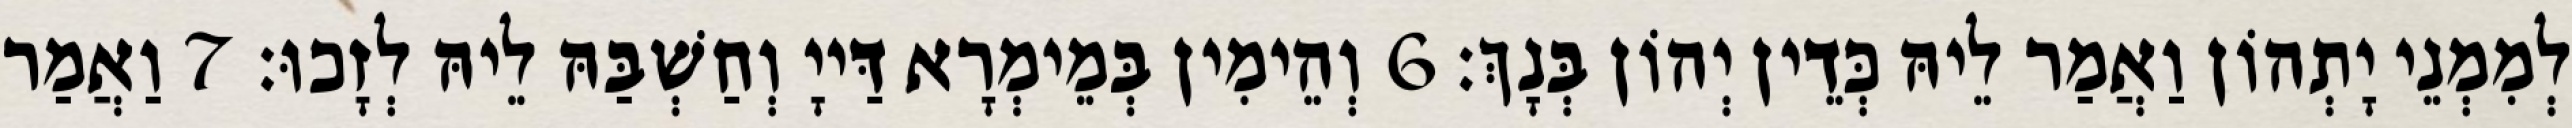
לְמִמְנֵי יָתְהוֹן וַאֲמַר לֵיהּ כְּדֵין יְהוֹן בְּנָךְ׃ 6 וְהֵימִין בְּמֵימְרָא דַּייָ וְחַשְׁבַּהּ לֵיהּ לְזָכוּ׃ 7 וַאֲמַר